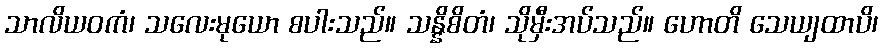
သာလိယဝကံ၊ သလေးမုယော စပါးသည်။ သန္နိစိတံ၊ သိုမှီးအပ်သည်။ ဟောတိ သေယျထာပိ၊